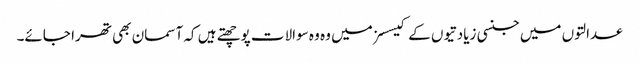
عدالتوں میں جنسی زیادتیوں کے کیسسز میں وہ وہ سوالات پوچھتے ہیں کہ آسمان بھی تھرا جائے۔